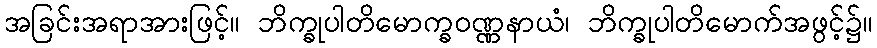
အခြင်းအရာအားဖြင့်။ ဘိက္ခုပါတိမောက္ခဝဏ္ဏနာယံ၊ ဘိက္ခုပါတိမောက်အဖွင့်၌။